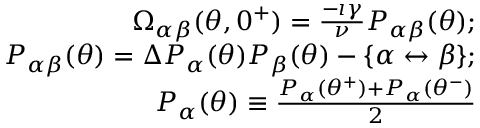
\begin{array} { r l r } & { } & { \Omega _ { \alpha \beta } ( \theta , 0 ^ { + } ) = \frac { - \imath \gamma } { \nu } P _ { \alpha \beta } ( \theta ) ; } \\ & { } & { P _ { \alpha \beta } ( \theta ) = \Delta P _ { \alpha } ( \theta ) P _ { \beta } ( \theta ) - \{ \alpha \leftrightarrow \beta \} ; } \\ & { } & { P _ { \alpha } ( \theta ) \equiv \frac { P _ { \alpha } ( \theta ^ { + } ) + P _ { \alpha } ( \theta ^ { - } ) } { 2 } } \end{array}